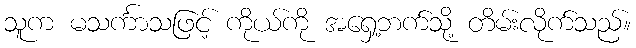
သူက မသင်္ကာသဖြင့် ကိုယ်ကို အရှေ့ဘက်သို့ တိမ်းလိုက်သည်။